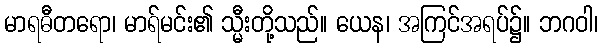
မာရဓီတရော၊ မာရ်မင်း၏ သ္မီးတို့သည်။ ယေန၊ အကြင်အရပ်၌။ ဘဂဝါ၊